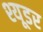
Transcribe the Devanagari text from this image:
श्यूडर